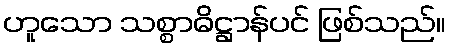
ဟူသော သစ္စာဓိဋ္ဌာန်ပင် ဖြစ်သည်။